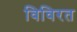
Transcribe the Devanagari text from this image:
विविरत